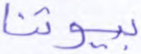
بيوتنا